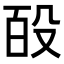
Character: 𭮩